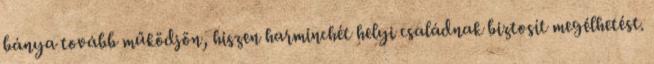
bánya tovább működjön, hiszen harminchét helyi családnak biztosít megélhetést.